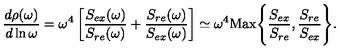
{ \frac { d \rho ( \omega ) } { d \ln \omega } } = \omega ^ { 4 } \left[ { \frac { S _ { e x } ( \omega ) } { S _ { r e } ( \omega ) } } + { \frac { S _ { r e } ( \omega ) } { S _ { e x } ( \omega ) } } \right] \simeq \omega ^ { 4 } \mathrm { M a x } \Biggl \{ { \frac { S _ { e x } } { S _ { r e } } } , { \frac { S _ { r e } } { S _ { e x } } } \Biggr \} .